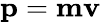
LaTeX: \mathbf{p}=\mathbf{m}\mathbf{v}